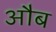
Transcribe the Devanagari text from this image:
औब